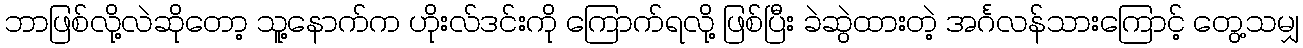
ဘာဖြစ်လို့လဲဆိုတော့ သူ့နောက်က ဟိုးလ်ဒင်းကို ကြောက်ရလို့ ဖြစ်ပြီး ခဲဆွဲထားတဲ့ အင်္ဂလန်သားကြောင့် တွေ့သမျှ